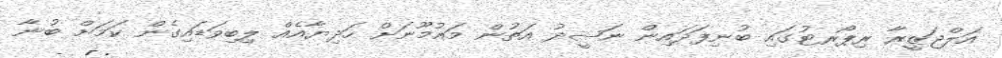
އަލްޖަޒީރާ ރިޕޯރޓުގައި ބުނިފަދައިން ނަޝީދު އަތުން މައުމޫނަށް ހަދިޔާއެއް ލިބިވަޑައިގެން ކަމަށް ބުނާ